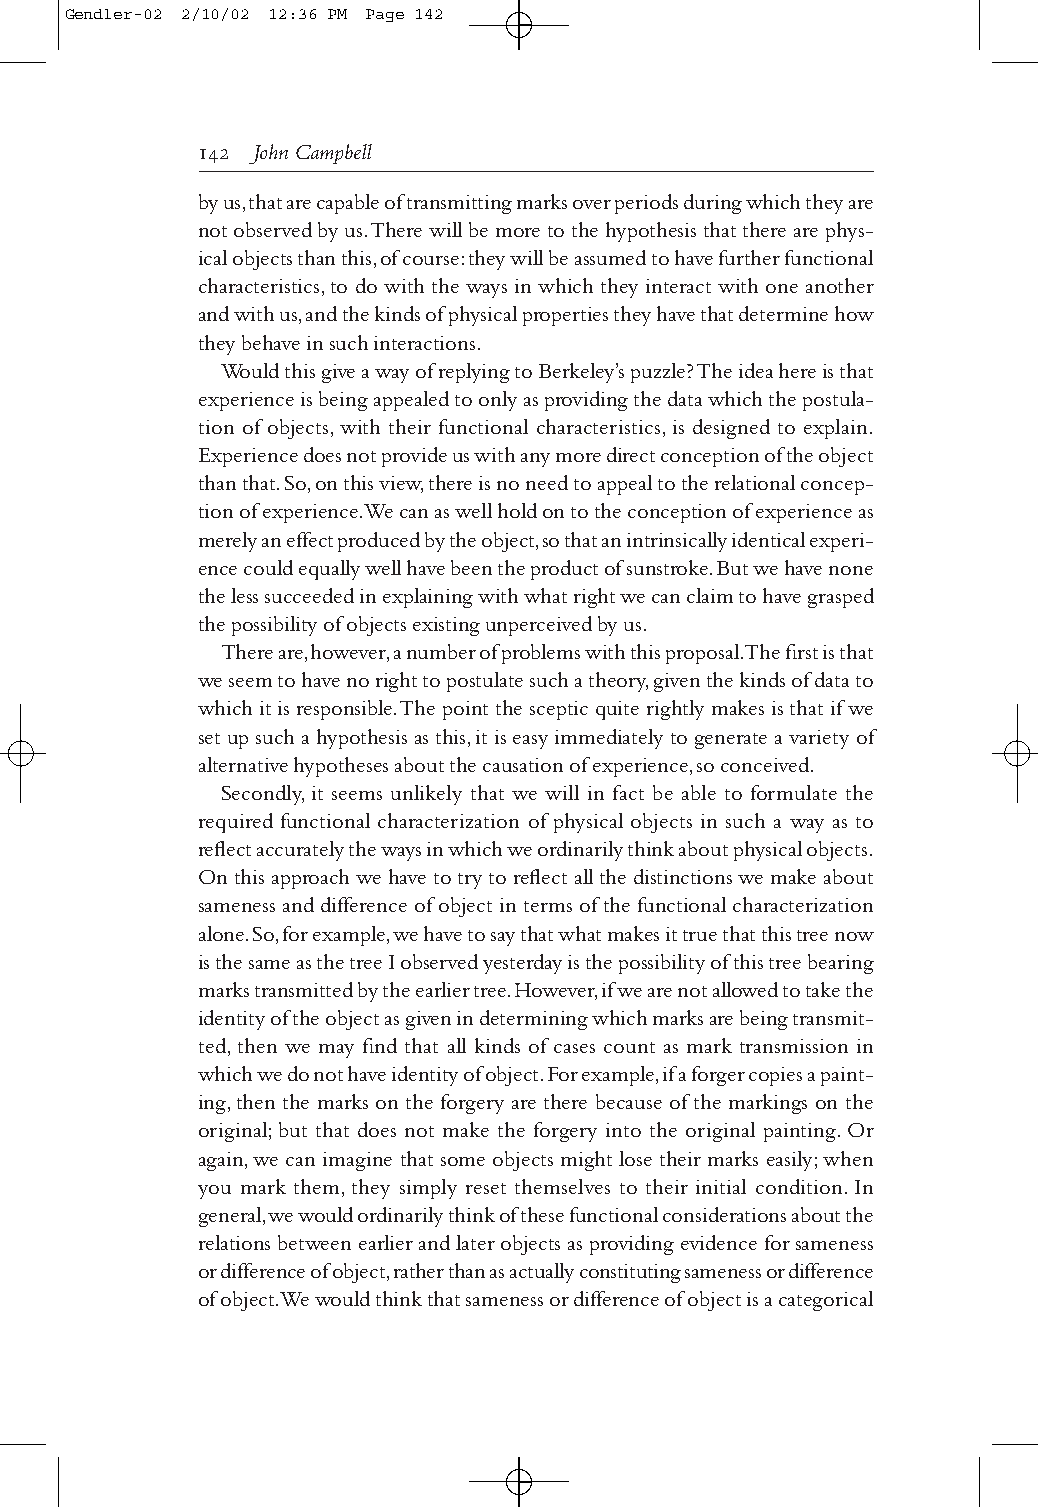
Gendler-02 2/10/02 12:36 PM Page 142
  John Campbell
 by us,that are capable of transmitting marks over periods during which they are
 not observed by us.There will be more to the hypothesis that there are phys-
 ical objects than this,of course:they will be assumed to have further functional
 characteristics,to do with the ways in which they interact with one another
 and with us,and the kinds of physical properties they have that determine how
 they behave in such interactions.
 Would this give a way of replying to Berkeley’s puzzle? The idea here is that
 experience is being appealed to only as providing the data which the postula-
 tion of objects,with their functional characteristics,is designed to explain.
 Experience does not provide us with any more direct conception of the object
 than that.So,on this view,there is no need to appeal to the relational concep-
 tion of experience.We can as well hold on to the conception of experience as
 merely an effect produced by the object,so that an intrinsically identical experi-
 ence could equally well have been the product of sunstroke.But we have none
 the less succeeded in explaining with what right we can claim to have grasped
 the possibility of objects existing unperceived by us.
 There are,however,a number of problems with this proposal.The first is that
 we seem to have no right to postulate such a theory,given the kinds of data to
 which it is responsible.The point the sceptic quite rightly makes is that if we
 set up such a hypothesis as this,it is easy immediately to generate a variety of
 alternative hypotheses about the causation of experience,so conceived.
 Secondly,it seems unlikely that we will in fact be able to formulate the
 required functional characterization of physical objects in such a way as to
 reflect accurately the ways in which we ordinarily think about physical objects.
 On this approach we have to try to reflect all the distinctions we make about
 sameness and difference of object in terms of the functional characterization
 alone.So,for example,we have to say that what makes it true that this tree now
 is the same as the tree I observed yesterday is the possibility of this tree bearing
 marks transmitted by the earlier tree.However,if we are not allowed to take the
 identity of the object as given in determining which marks are being transmit-
 ted,then we may find that all kinds of cases count as mark transmission in
 which we do not have identity of object.For example,if a forger copies a paint-
 ing,then the marks on the forgery are there because of the markings on the
 original;but that does not make the forgery into the original painting.Or
 again,we can imagine that some objects might lose their marks easily;when
 you mark them,they simply reset themselves to their initial condition.In
 general,we would ordinarily think of these functional considerations about the
 relations between earlier and later objects as providing evidence for sameness
 or difference of object,rather than as actually constituting sameness or difference
 of object.We would think that sameness or difference of object is a categorical